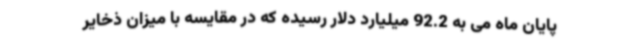
پایان ماه می به 92.2 میلیارد دلار رسیده که در مقایسه با میزان ذخایر